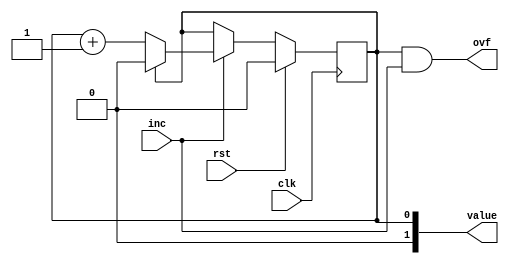
module decimal_counter_9 (
    input clk,
    input rst,
    input inc,
    output reg ovf,
    output reg [1:0] value
  );
  
  
  
  reg M_val_d, M_val_q = 1'h0;
  
  always @* begin
    M_val_d = M_val_q;
    
    value = M_val_q;
    ovf = M_val_q == 1'h1 && inc;
    if (inc) begin
      if (M_val_q == 1'h1) begin
        M_val_d = 1'h0;
      end else begin
        M_val_d = M_val_q + 1'h1;
      end
    end
  end
  
  always @(posedge clk) begin
    if (rst == 1'b1) begin
      M_val_q <= 1'h0;
    end else begin
      M_val_q <= M_val_d;
    end
  end
  
endmodule